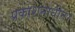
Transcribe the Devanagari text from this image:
प्रकाशनाधीन।